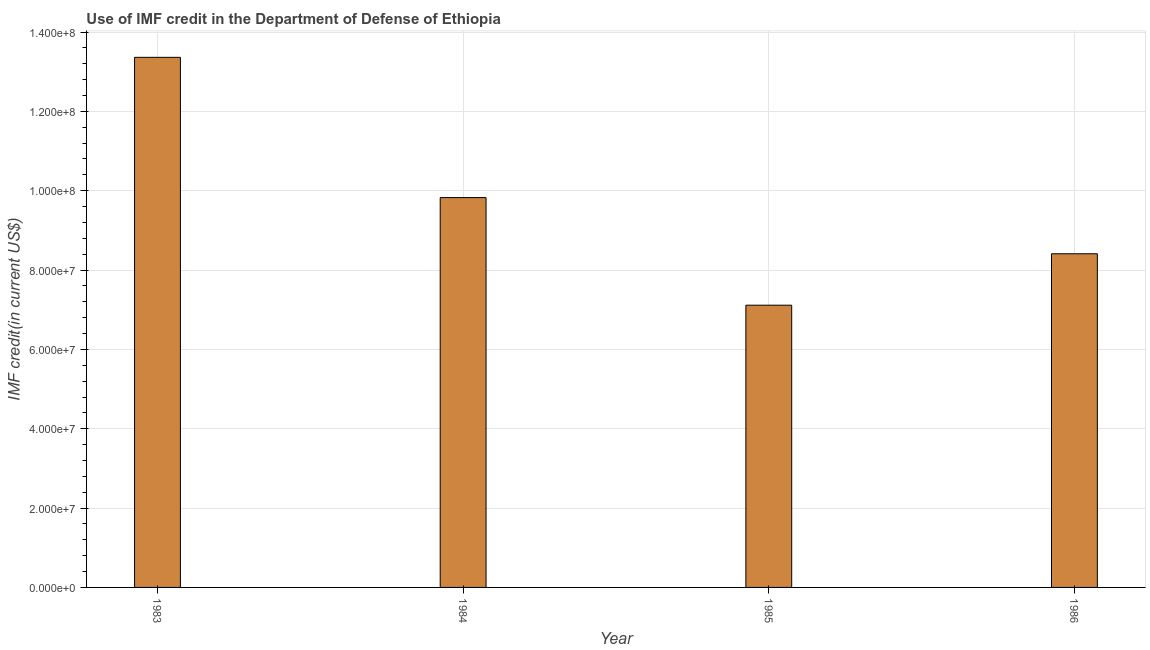
| Year | Use of IMF credit (DOD |
 | --- | --- |
 | 1983 | 1.34e+08 |
 | 1984 | 9.83e+07 |
 | 1985 | 7.11e+07 |
 | 1986 | 8.41e+07 |